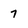
Character: 7